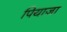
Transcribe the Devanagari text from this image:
पियाजा